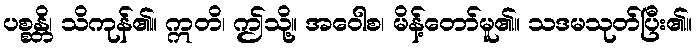
ပစ္စန္တိ၊ သိကုန်၏။ ဣတိ၊ ဤသို့။ အဝေါစ၊ မိန့်တော်မူ၏။ သဒမသုတ်ပြီး၏။